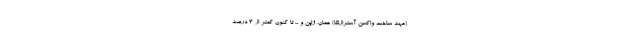
(مهد ساخت واکسن آسترازنکا) عمان، ژاپن و ... تا کنون کمتر از ۳ درصد